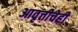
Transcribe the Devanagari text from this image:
आवृत्तीचेही